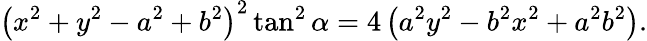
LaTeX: \left(x^{2}+y^{2}-a^{2}+b^{2}\right)^{2}\tan^{2}\alpha=4\left(a^{2}y^{2}-b^{2}x^{2}+a^{2}b^{2}\right).